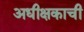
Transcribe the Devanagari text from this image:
अधीक्षकाची